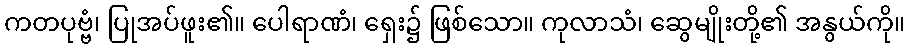
ကတပုဗ္ဗံ၊ ပြုအပ်ဖူး၏။ ပေါရာဏံ၊ ရှေး၌ ဖြစ်သော။ ကုလာသံ၊ ဆွေမျိုးတို့၏ အနွယ်ကို။